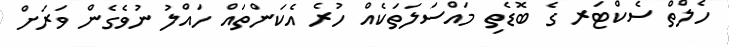
ހެލްތް ސެކްޓަރ ގެ ބޮޑެތި މައްސަލަތަކެއް ހުރެ އެކަންތައް ހައްލު ނުވެގެން ވަރަށް